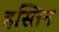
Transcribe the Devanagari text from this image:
हस्तिन